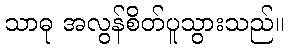
သာဓု အလွန်စိတ်ပူသွားသည်။